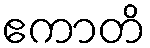
ဧကာတိ